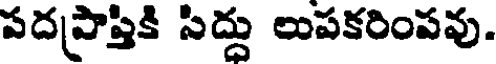
పదప్రాప్తికి సిద్దు లుపకరింపవు.